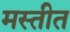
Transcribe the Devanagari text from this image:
मस्तीत